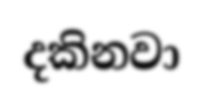
දකිනවා